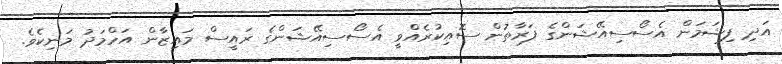
އަދި ފިޝަމަން އެސޯސިއޭޝަންގެ ފަރާތުން ސޮއިކުރެއްވީ އެސޯސިއޭޝަންގެ ރައީސް މައިޒާން އަހްމަދު މަނިކެވެ.